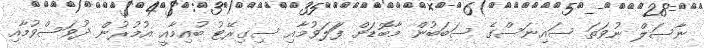
ނާސަލް ނުވަތަ ސައިނަސްގެ ސަބަބުން މާބޮޑަށް ފަަލަވުމާއި ސިގިރޭޓު ބުއިމާއީ އުމުރުން ދުވަސްވުމާއި